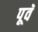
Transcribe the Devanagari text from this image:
पूवॅ